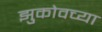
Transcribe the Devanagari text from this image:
झुकोवच्या